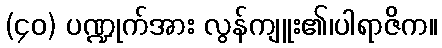
(၄၀) ပဏ္ဍုက်အား လွန်ကျူး၏၊ပါရာဇိက။